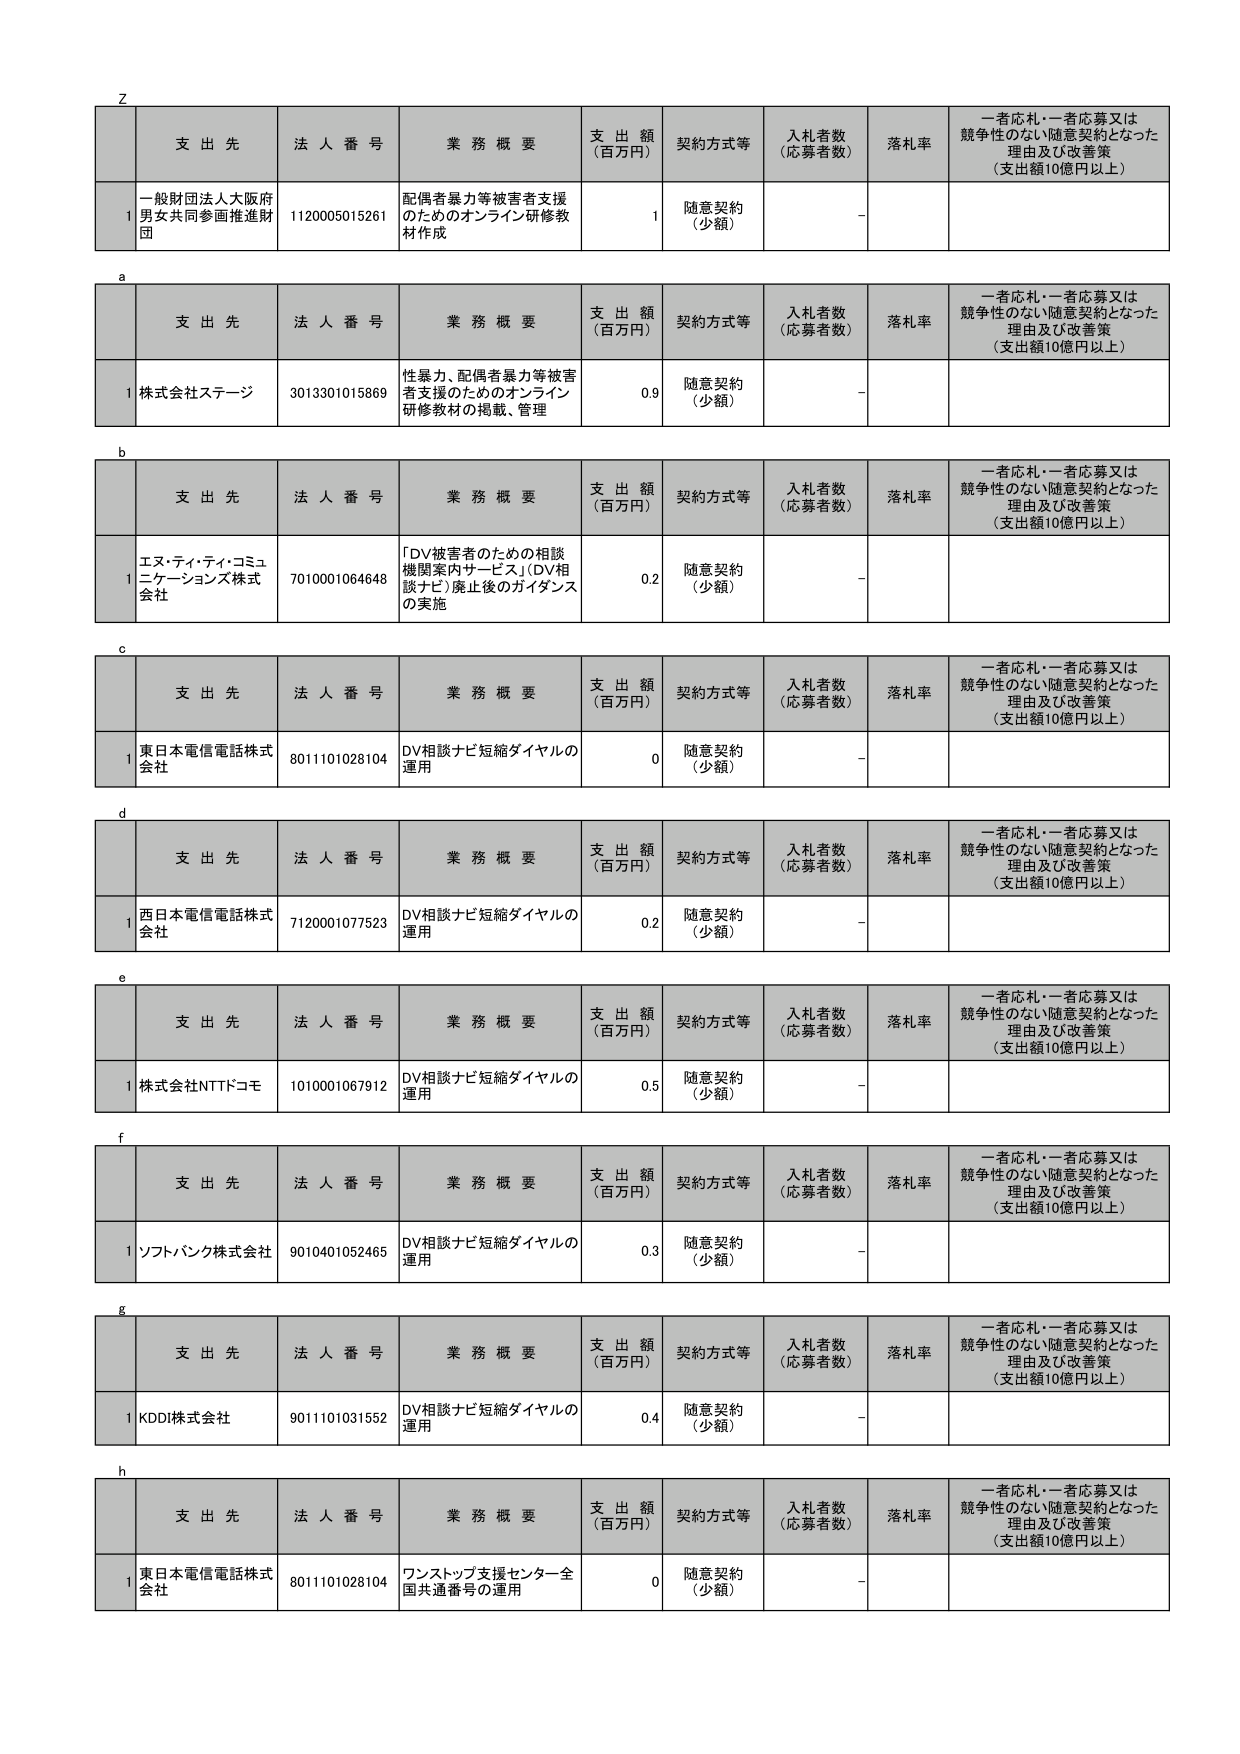
Z
支 出 先 法 人 番 号 業 務 概 要 支 出 額 （百万円） 契約方式等 入札者数 （応募者数） 落札率 一者応札・一者応募又は競争性のない随意契約となった理由及び改善策 （支出額10億円以上）
1 一般財団法人大阪府男女共同参画推進財団 1120005015261 配偶者暴力等被害者支援のためのオンライン研修教材作成 1 随意契約 （少額） -

a
支 出 先 法 人 番 号 業 務 概 要 支 出 額 （百万円） 契約方式等 入札者数 （応募者数） 落札率 一者応札・一者応募又は競争性のない随意契約となった理由及び改善策 （支出額10億円以上）
1 株式会社ステージ 3013301015869 性暴力、配偶者暴力等被害者支援のためのオンライン研修教材の掲載、管理 0.9 随意契約 （少額） -

b
支 出 先 法 人 番 号 業 務 概 要 支 出 額 （百万円） 契約方式等 入札者数 （応募者数） 落札率 一者応札・一者応募又は競争性のない随意契約となった理由及び改善策 （支出額10億円以上）
1 エス・ティ・ティ・コミュニケーションズ株式会社 7010001064648 「DV被害者のための相談機関案内サービス」（DV相談ナビ）廃止後のガイダンスの実施 0.2 随意契約 （少額） -

c
支 出 先 法 人 番 号 業 務 概 要 支 出 額 （百万円） 契約方式等 入札者数 （応募者数） 落札率 一者応札・一者応募又は競争性のない随意契約となった理由及び改善策 （支出額10億円以上）
1 東日本電信電話株式会社 8011101028104 DV相談ナビ短縮ダイヤルの運用 0 随意契約 （少額） -

d
支 出 先 法 人 番 号 業 務 概 要 支 出 額 （百万円） 契約方式等 入札者数 （応募者数） 落札率 一者応札・一者応募又は競争性のない随意契約となった理由及び改善策 （支出額10億円以上）
1 西日本電信電話株式会社 7120001077523 DV相談ナビ短縮ダイヤルの運用 0.2 随意契約 （少額） -

e
支 出 先 法 人 番 号 業 務 概 要 支 出 額 （百万円） 契約方式等 入札者数 （応募者数） 落札率 一者応札・一者応募又は競争性のない随意契約となった理由及び改善策 （支出額10億円以上）
1 株式会社NTTドコモ 1010001067912 DV相談ナビ短縮ダイヤルの運用 0.5 随意契約 （少額） -

f
支 出 先 法 人 番 号 業 務 概 要 支 出 額 （百万円） 契約方式等 入札者数 （応募者数） 落札率 一者応札・一者応募又は競争性のない随意契約となった理由及び改善策 （支出額10億円以上）
1 ソフトバンク株式会社 9010401052465 DV相談ナビ短縮ダイヤルの運用 0.3 随意契約 （少額） -

g
支 出 先 法 人 番 号 業 務 概 要 支 出 額 （百万円） 契約方式等 入札者数 （応募者数） 落札率 一者応札・一者応募又は競争性のない随意契約となった理由及び改善策 （支出額10億円以上）
1 KDDI株式会社 9011101031552 DV相談ナビ短縮ダイヤルの運用 0.4 随意契約 （少額） -

h
支 出 先 法 人 番 号 業 務 概 要 支 出 額 （百万円） 契約方式等 入札者数 （応募者数） 落札率 一者応札・一者応募又は競争性のない随意契約となった理由及び改善策 （支出額10億円以上）
1 東日本電信電話株式会社 8011101028104 ワンストップ支援センター全国共通番号の運用 0 随意契約 （少額） -